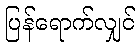
ပြန်ရောက်လျှင်